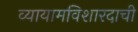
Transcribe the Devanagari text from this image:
व्यायामविशारदाची